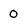
Character: 0